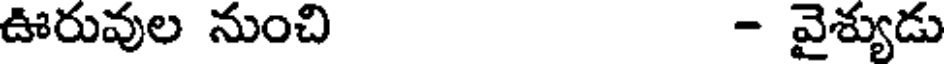
ఊరువుల నుంచి - వైశ్యుడు